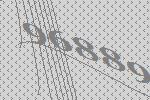
96889